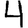
Digit: 4